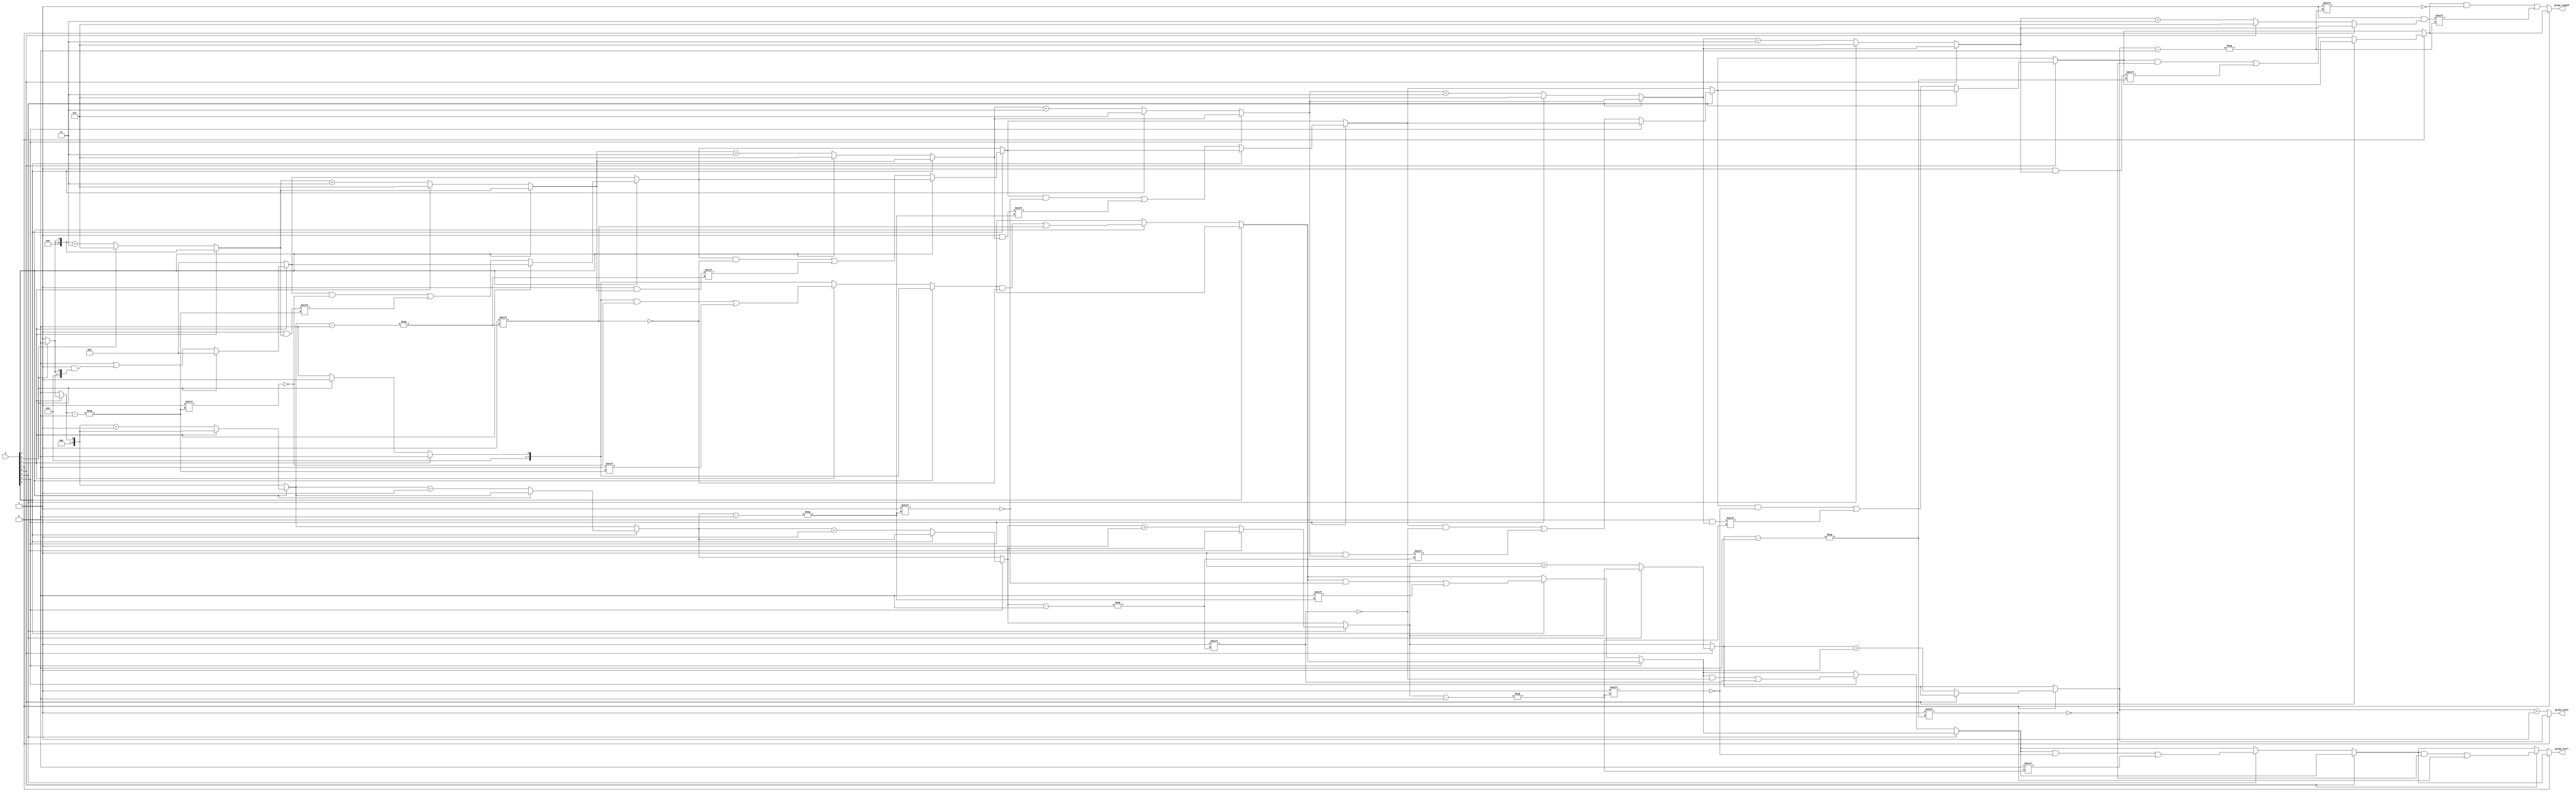
module grouping_of_zeros #(
    parameter N = 8 // Length of the input vector
)(
    input  wire [N-1:0] A,          // Input vector
    output reg  [N-1:0] group_start, // Start indices of each zero group
    output reg  [N-1:0] group_length, // Lengths of each zero group
    output reg  [3:0] group_count     // Number of zero groups (up to 15)
);

    integer i;
    integer count;
    reg in_zero_group;

    always @(*) begin
        // Reset outputs
        group_start = 0;
        group_length = 0;
        group_count = 0;
        count = 0;
        in_zero_group = 0;

        for (i = 0; i < N; i = i + 1) begin
            // Check for zeros
            if (A[i] == 0) begin
                if (!in_zero_group) begin
                    // We are starting a new zero group
                    in_zero_group = 1;
                    group_start[group_count] = i; // Record the start index
                    count = 1; // Initialize length
                end else begin
                    // We are in a zero group, just increase length
                    count = count + 1;
                end
            end else begin
                // Encountered a '1', conclude a zero group if we were in one
                if (in_zero_group) begin
                    in_zero_group = 0;
                    group_length[group_count] = count; // Record the length
                    group_count = group_count + 1; // Move to the next group
                end
            end
        end

        // If the last part of the vector is a zero group, conclude it
        if (in_zero_group) begin
            group_length[group_count] = count; // Record the length of the last group
            group_count = group_count + 1; // Finalize the group count
        end
    end
endmodule